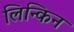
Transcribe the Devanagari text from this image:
लिन्किन